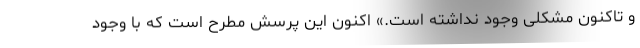
و تاکنون مشکلی وجود نداشته است.» اکنون این پرسش مطرح است که با وجود